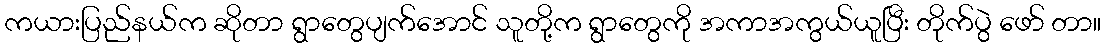
ကယားပြည်နယ်က ဆိုတာ ရွာတွေပျက်အောင် သူတို့က ရွာတွေကို အကာအကွယ်ယူပြီး တိုက်ပွဲ ဖော် တာ။